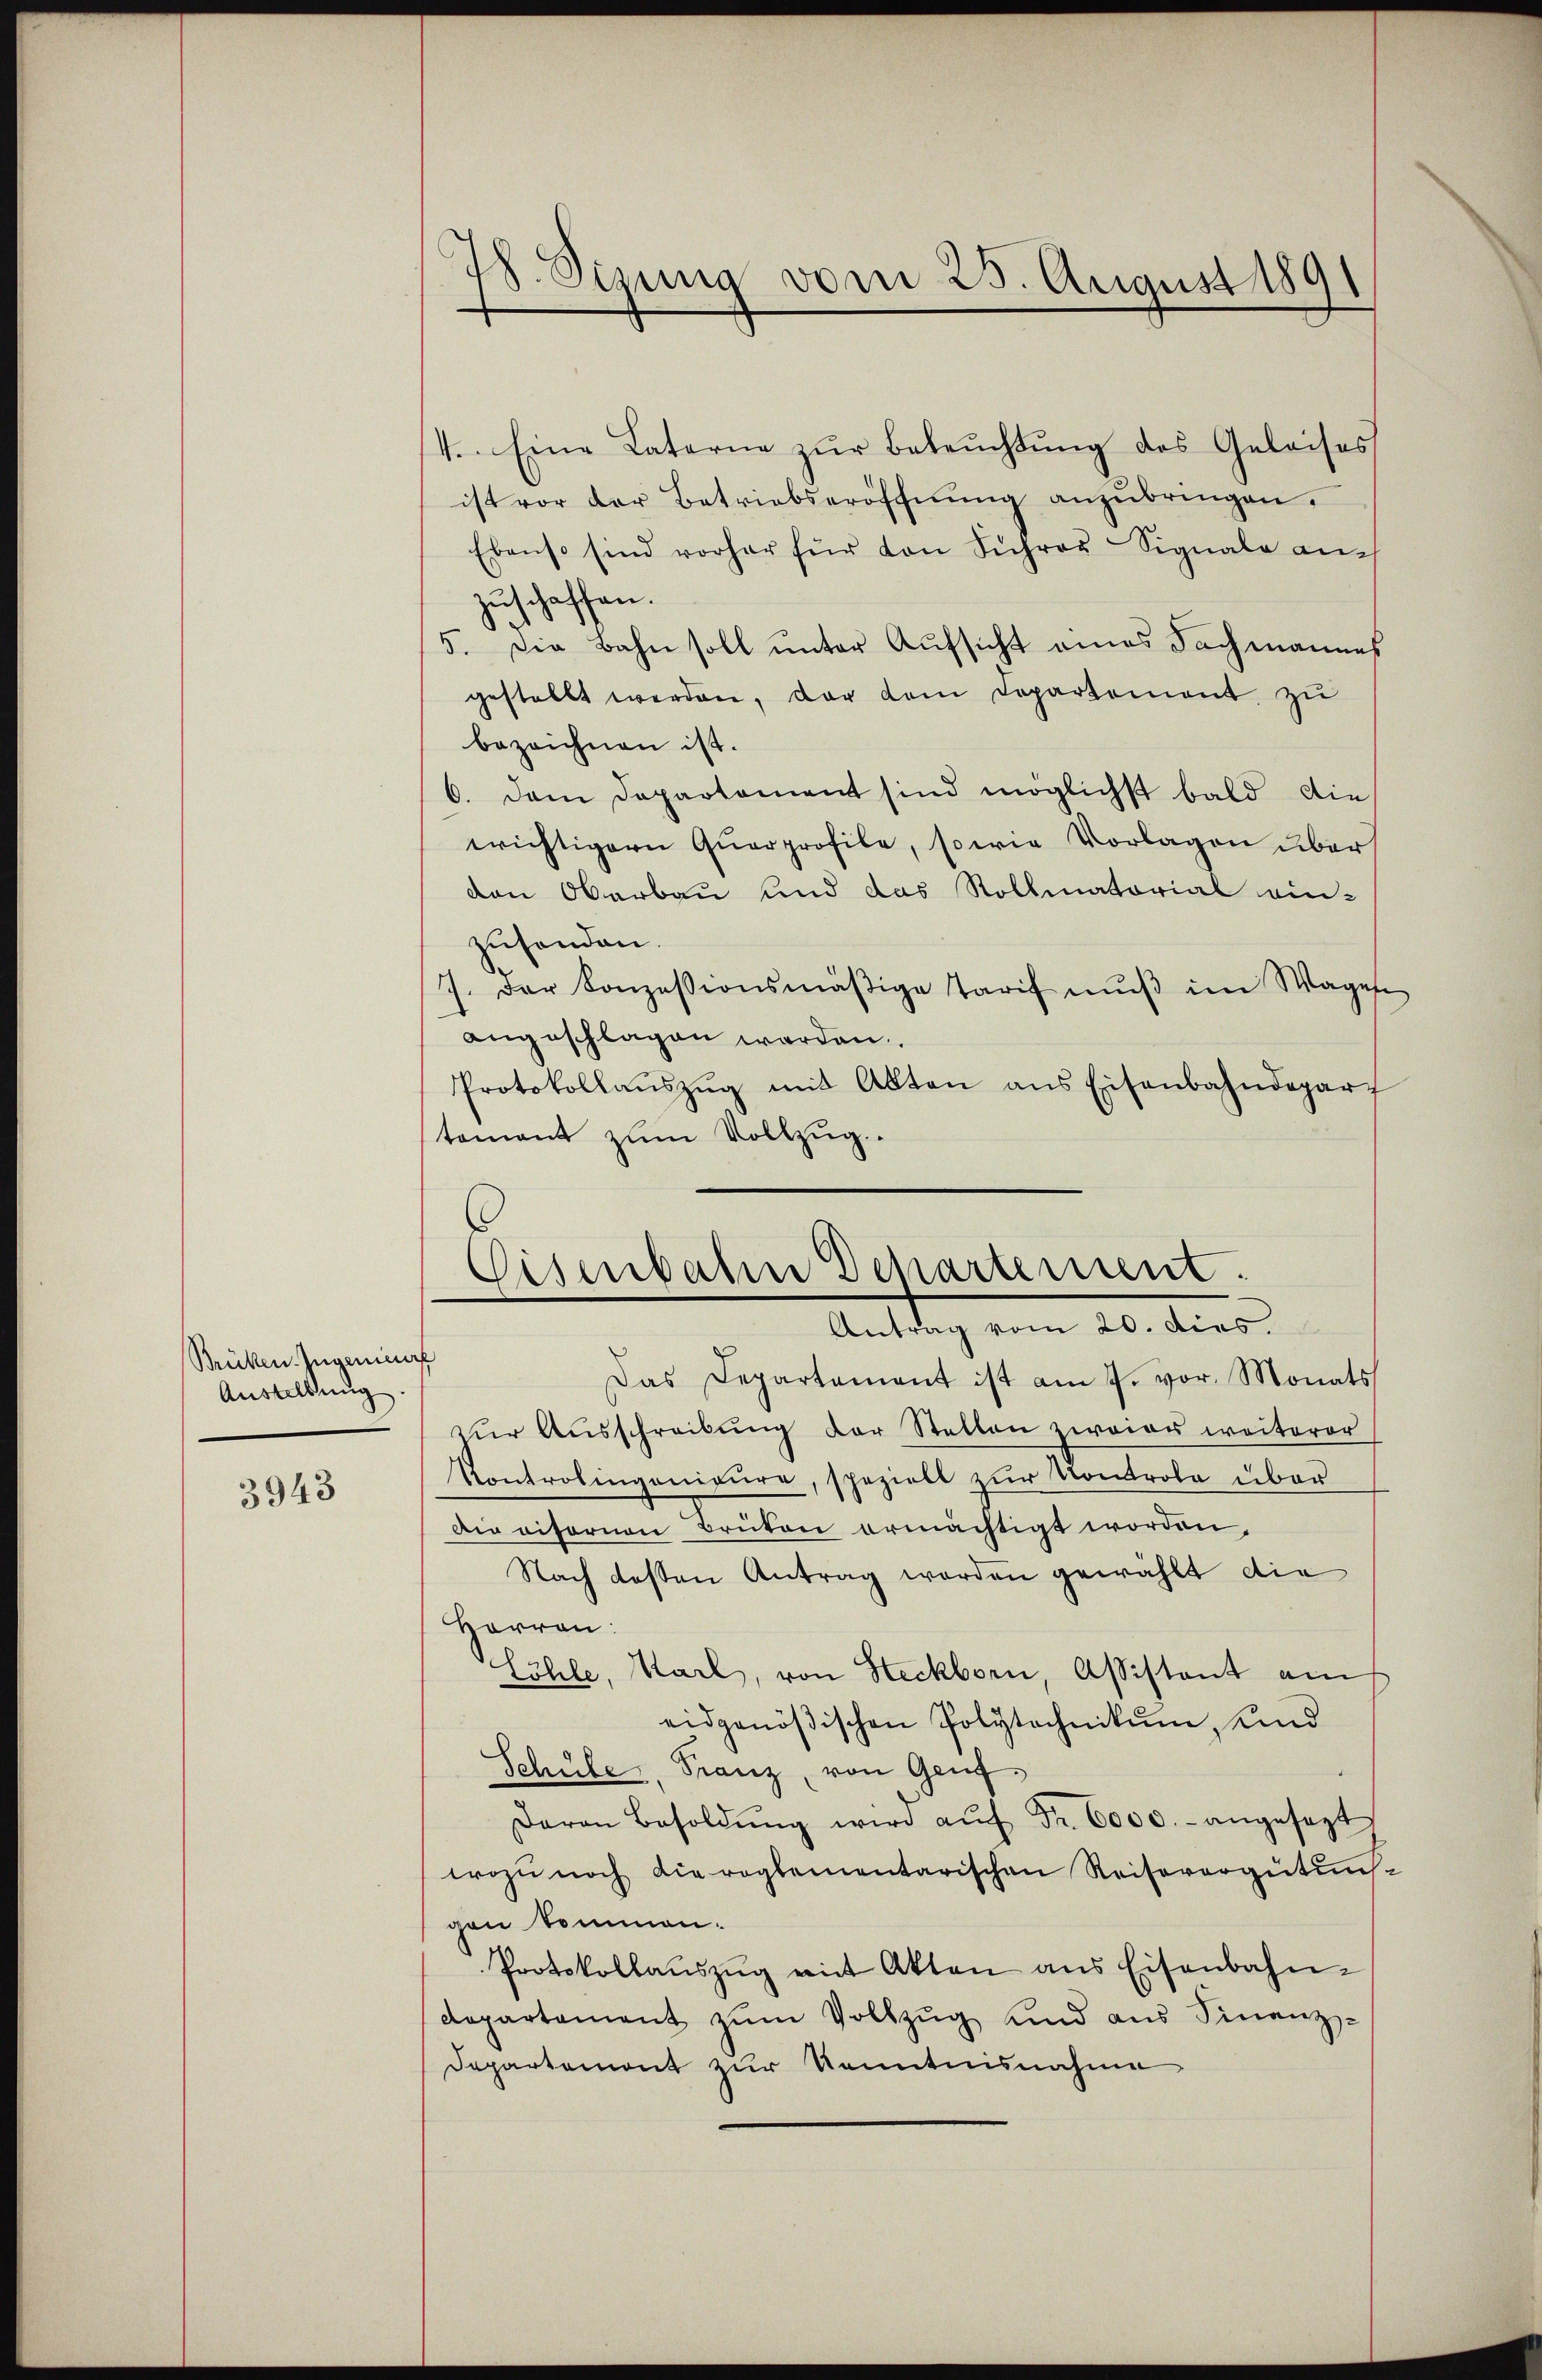
Brüken. Ingenief
Austellung

3943

78. Sizung vom 25. August 1891

4. Eine Laterne zŭr Beleŭchtŭng des Geleises
ist vor der Betriebseröffnŭng anzŭbringen,
Ebenso sind vorher für von Führer Signale auch
zuschaffen.
5. Die Bahn soll unter Aufsicht eines Fachmannes
gestellt werden, der dem Departement zu
bezeichnen ist.
6. Dem Departement sind möglichst bald die
wrichtigern Querprofile, sowie Vorlagen über
den Oberbau und das Rollmatorial ein-
zusenden.
7. Der Konzessionsmäβige Tarif mŭβ im Wagen
angeschlagen worden.
Protokollaŭszŭg mit Akten ans Eisenbahndepart
tement zŭm Vollzŭg.
Eisenbahn Departement.

Antrag vom 20. dies

Das Departement ist am 7. vor. Monats
zŭr Aŭsschreibŭng der Stellen zweier weiterer
Kontrolingenieure, spezielt zur Kontrole über
Die vifornen Brüten ermächtigt worden.
Nach deßen Antrag werden gewählt die
Herren:
Eöhle, Karl, von Heckborn, Assistant am
eidgenößischen Polytechnikum, und
Schule, Franz, von Genf,
Daran Besoldŭng wird aŭf Fr. 6000.- angesezt
wozu noch die reglementarischen Reisevergütunggen Sommen.
Protokollaŭszŭg mit Akten ans Eisenbahn-
departament zŭm Vollzŭg und aus Finanz-
Departemont zur Kenntnisnahme